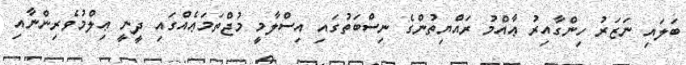
ބަލައި ނަޒަރު ހިންގާއިރު ޢާއްމު ރައްޔިތުންގެ ނިސްބަތުގައި އިސްލާމީ މުޖްތަމަޢެއްގައި ދީނީ ޢިލްމުވެރިންނާއި